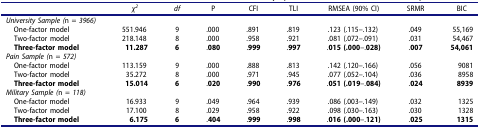
|  | χ2 | df | P | CFI | TLI | RMSEA (90% CI) | SRMR | BIC |
 | --- | --- | --- | --- | --- | --- | --- | --- | --- |
 | University Sample (n = 3966) |  |  |  |  |  |  |  |  |
 | One-factor model | 551.946 | 9 | .000 | .891 | .819 | .123 (.115–.132) | .049 | 55,169 |
 | Two-factor model | 218.148 | 8 | .000 | .958 | .921 | .081 (.072–.091) | .031 | 54,467 |
 | Three-factor model | 11.287 | 6 | .080 | .999 | .997 | .015 (.000–.028) | .007 | 54,061 |
 | Pain Sample (n = 572) |  |  |  |  |  |  |  |  |
 | One-factor model | 113.159 | 9 | .000 | .888 | .813 | .142 (.120–.166) | .056 | 9081 |
 | Two-factor model | 35.272 | 8 | .000 | .971 | .945 | .077 (.052–.104) | .036 | 8958 |
 | Three-factor model | 15.014 | 6 | .020 | .990 | .976 | .051 (.019–.084) | .024 | 8939 |
 | Military Sample (n = 118) |  |  |  |  |  |  |  |  |
 | One-factor model | 16.933 | 9 | .049 | .964 | .939 | .086 (.003–.149) | .032 | 1325 |
 | Two-factor model | 17.100 | 8 | .029 | .958 | .922 | .098 (.030–.163) | .030 | 1328 |
 | Three-factor model | 6.175 | 6 | .404 | .999 | .998 | .016 (.000–.121) | .025 | 1315 |